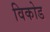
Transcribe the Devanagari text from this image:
विकोड